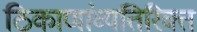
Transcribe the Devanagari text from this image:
ठिकाणांव्यतिरिक्त